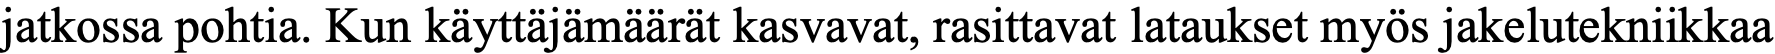
jatkossa pohtia. Kun käyttäjämäärät kasvavat, rasittavat lataukset myös jakelutekniikkaa